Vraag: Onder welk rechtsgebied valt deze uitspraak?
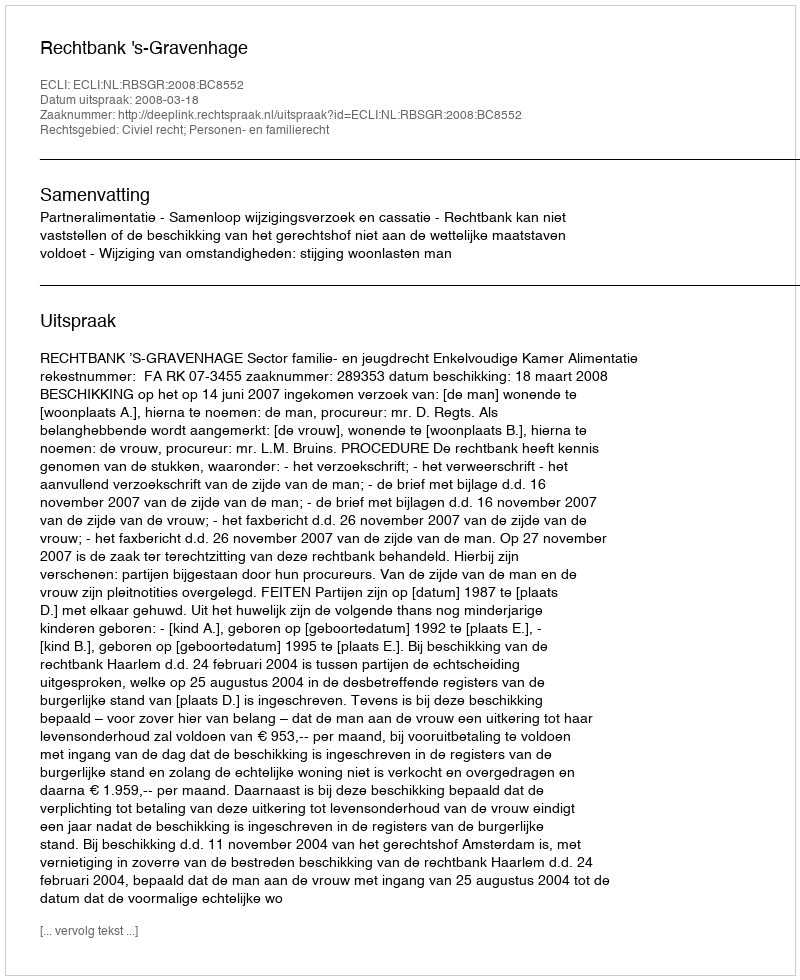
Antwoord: Civiel recht; Personen- en familierecht